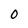
Character: 0